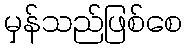
မှန်သည်ဖြစ်စေ